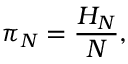
\pi _ { N } = { \frac { H _ { N } } { N } } ,